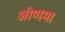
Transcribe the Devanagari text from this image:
ओप्पमा